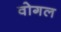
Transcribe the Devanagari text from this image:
वोगल